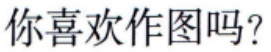
你喜欢作图吗？